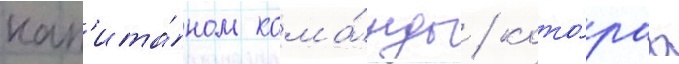
кап'ита́ном кома́нды / кото́раа